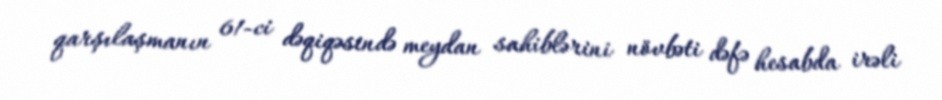
qarşılaşmanın 61-ci dəqiqəsində meydan sahiblərini növbəti dəfə hesabda irəli